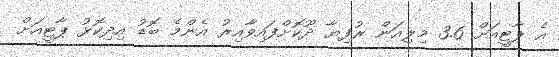
އެ ޕާޓީއަށް 3.6 މިލިއަން ރުފިޔާ ދޫކޮށްފައިވާއިރު އެންމެ ބޮޑު އިދިކޮޅު ޕާޓީއަށް